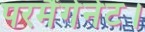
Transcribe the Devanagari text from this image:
परमैंगेनेट।